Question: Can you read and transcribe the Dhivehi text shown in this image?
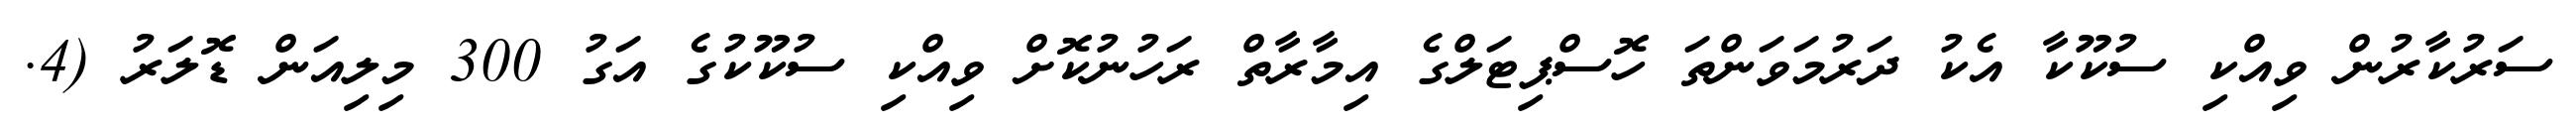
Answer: ސަރުކާރުން ވިއްކި ސުކޫކާ އެކު ދަރުމަވަންތަ ހޮސްޕިޓަލްގެ އިމާރާތް ރަހުނުކޮށް ވިއްކި ސުކޫކުގެ އަގު 300 މިލިއަން ޑޮލަރު (4.